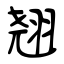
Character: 翘